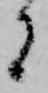
者